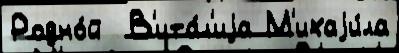
Родно́й  В'ита́л'иjа М'ихаjи́ла